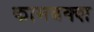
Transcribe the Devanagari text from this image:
कामबक्श